Senior Leaving Certificate Examination (including Day School Certificate (Higher) General paper), 1950
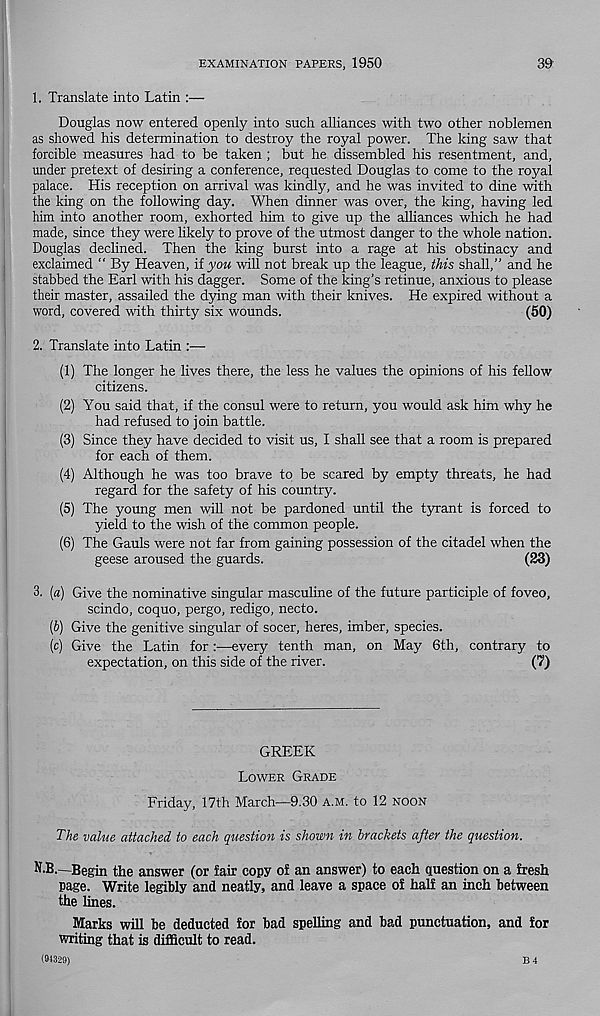
EXAMINATION PAPERS, 1950
39
1. Translate into Latin :—
Douglas now entered openly into such alliances with two other noblemen
as showed his determination to destroy the royal power. The king saw that
forcible measures had to be taken ; but he dissembled his resentment, and,
under pretext of desiring a conference, requested Douglas to come to the royal
palace. His reception on arrival was kindly, and he was invited to dine with
the king on the following day. When dinner was over, the king, having led
him into another room, exhorted him to give up the alliances which he had
made, since they were likely to prove of the utmost danger to the whole nation.
Douglas declined. Then the king burst into a rage at his obstinacy and
exclaimed “ By Heaven, if you will not break up the league, this shall,” and he
stabbed the Earl with his dagger. Some of the king’s retinue, anxious to please
their master, assailed the dying man with their knives. He expired without a
word, covered with thirty six wounds.
(50)
2. Translate into Latin :—
(1) The longer he lives there, the less he values the opinions of his fellow
citizens.
(2) You said that, if the consul were to return, you would ask him why he
had refused to join battle.
(3) Since they have decided to visit us, I shall see that a room is prepared
for each of them.
(4) Although he was too brave to be scared by empty threats, he had
regard for the safety of his country.
(5) The young men will not be pardoned until the tyrant is forced to
yield to the wish of the common people.
(6) The Gauls were not far from gaining possession of the citadel when the
geese aroused the guards.
(23)
3. [a) Give the nominative singular masculine of the future participle of foveo,
scindo, coquo, pergo, redigo, necto.
(b) Give the genitive singular of socer, heres, imber, species.
(c) Give the Latin for:—every tenth man, on May 6th, contrary to
expectation, on this side of the river.
(7)
GREEK
Lower Grade
Friday, 17th March—9.30 a.m. to 12 noon
The value attached to each question is shown in brackets after the question.
N.B.—Begin the answer (or fair copy of an answer) to each question on a fresh
Page. Write legibly and neatly, and leave a space of half an inch between
the lines.
Marks will be deducted for bad spelling and bad punctuation, and for
writing that is difficult to read.
(94329)
B 4